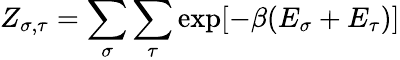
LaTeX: Z_{\sigma,\tau}=\sum_{\sigma}\sum_{\tau}\exp[-\beta(E_{\sigma}+E_{\tau})]